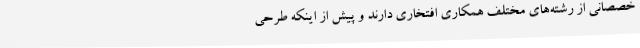
خصصانی از رشته‌های مختلف همکاری افتخاری دارند و پیش از اینکه طرحی